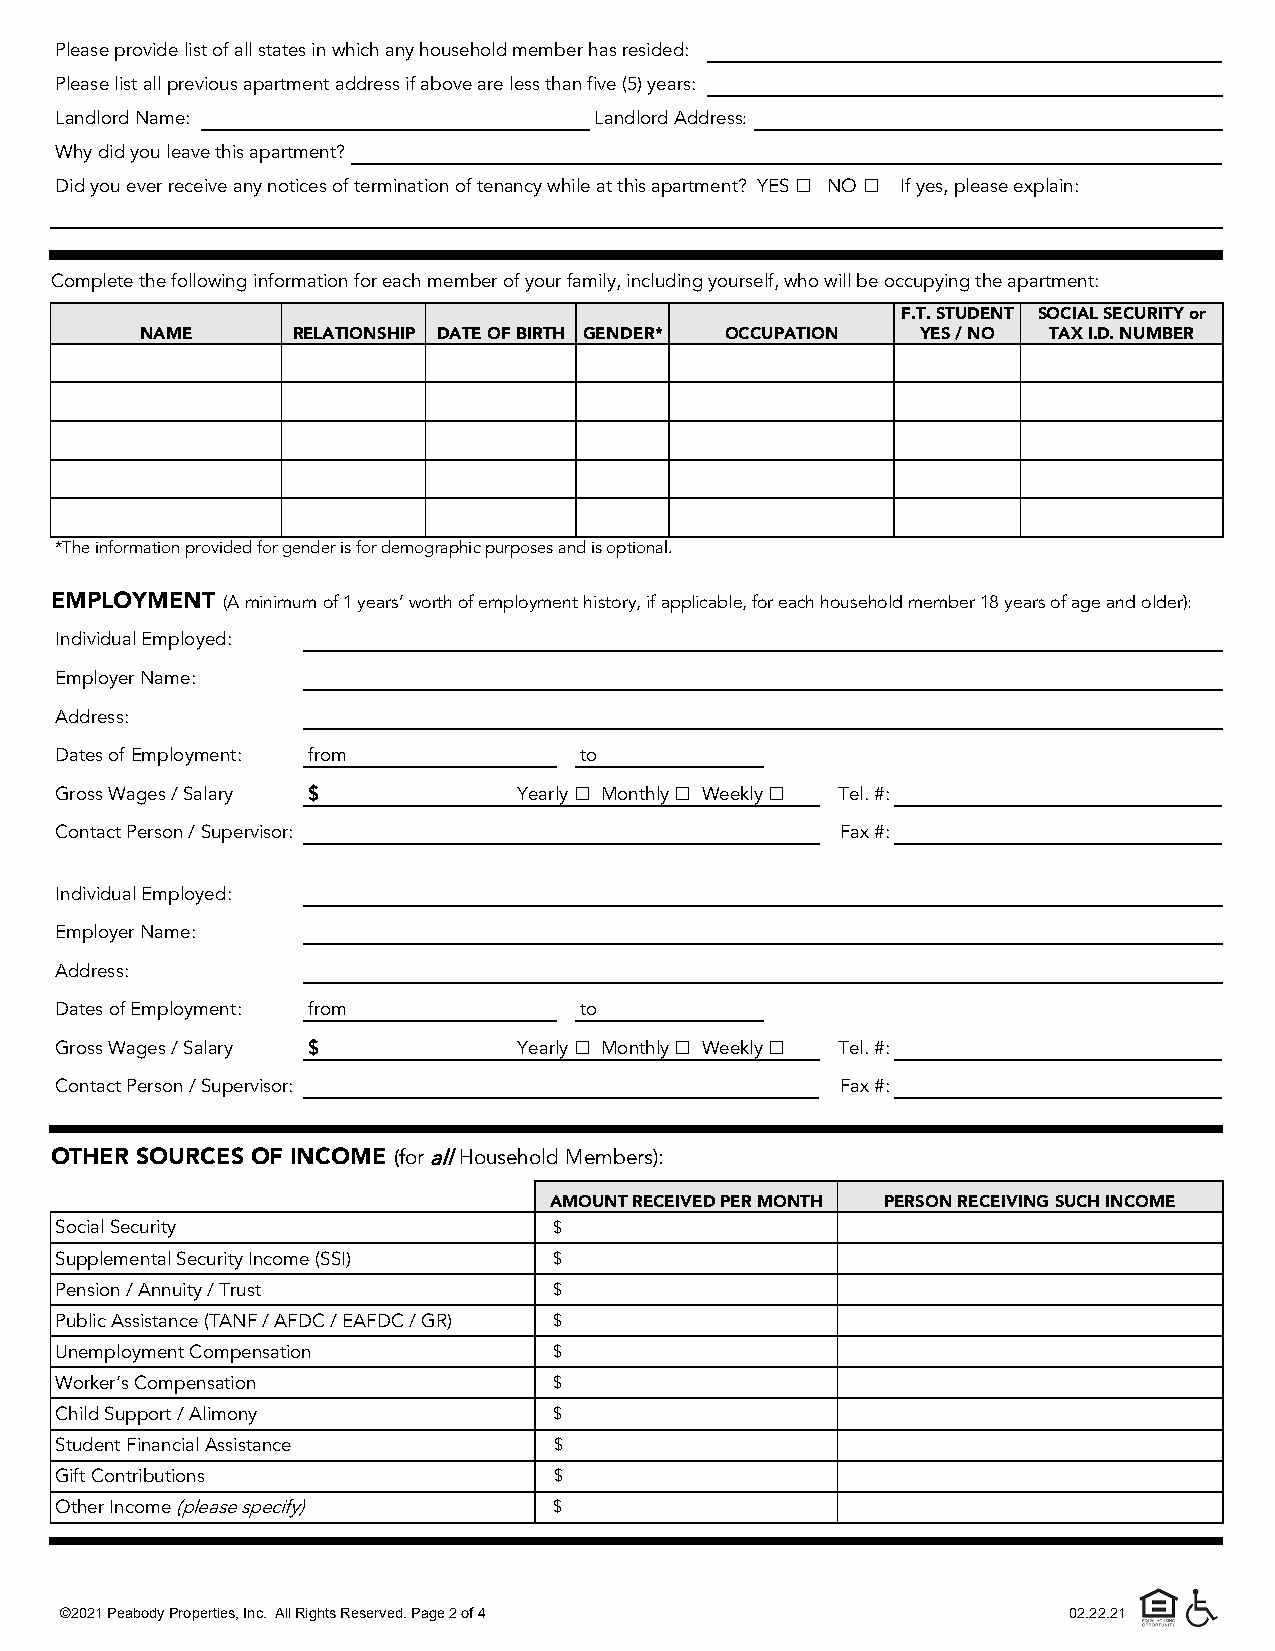
Please provide list of all states in which any household member has resided:
 Please list all previous apartment address if above are less than five (5) years:
 Landlord Name:                     Landlord Address:
 Why did you leave this apartment?
 Did you ever receive any notices of termination of tenancy while at this apartment? YES  NO  If yes, please explain:
 Complete the following information for each member of your family, including yourself, who will be occupying the apartment:
 F.T. STUDENT SOCIAL SECURITY or
 NAME      RELATIONSHIP DATE OF BIRTH GENDER* OCCUPATION YES / NO TAX I.D. NUMBER
 *The information provided for gender is for demographic purposes and is optional.
 EMPLOYMENT  (A minimum of 1 years’ worth of employment history, if applicable, for each household member 18 years of age and older):
 Individual Employed:
 Employer Name:
 Address:
 Dates of Employment: from         to
 Gross Wages / Salary $        Yearly  Monthly  Weekly  Tel. #:
 Contact Person / Supervisor:                        Fax #:
 Individual Employed:
 Employer Name:
 Address:
 Dates of Employment: from         to
 Gross Wages / Salary $        Yearly  Monthly  Weekly  Tel. #:
 Contact Person / Supervisor:                        Fax #:
 OTHER SOURCES OF INCOME (for all Household Members):
 AMOUNT RECEIVED PER MONTH PERSON RECEIVING SUCH INCOME
 Social Security                  $
 Supplemental Security Income (SSI) $
 Pension / Annuity / Trust        $
 Public Assistance (TANF / AFDC / EAFDC / GR) $
 Unemployment Compensation        $
 Worker’s Compensation            $
 Child Support / Alimony          $
 Student Financial Assistance     $
 Gift Contributions               $
 Other Income (please specify)    $
 ©2021 Peabody Properties, Inc. All Rights Reserved. Page 2 of 4    02.22.21